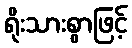
ရိုးသားစွာဖြင့်